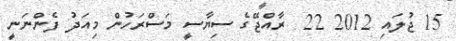
15 ޖުލައި 2012 22  ރާއްޖޭގެ ސިޔާސީ މަސްރަހުން މިއަދު ފެންނަނީ